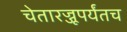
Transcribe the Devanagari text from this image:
चेतारज्जूपर्यंतच